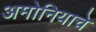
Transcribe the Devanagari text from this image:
अमोनियाचे